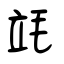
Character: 竓